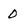
Character: 0